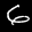
Label: 6